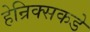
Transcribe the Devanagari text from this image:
हेन्रिक्सकडे